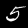
Digit: 5